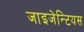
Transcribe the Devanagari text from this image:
जाइजेन्टियस